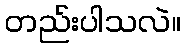
တည်းပါသလဲ။